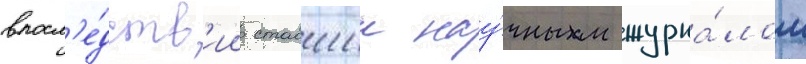
впосл'е́дств'ии ставшии нау́чным журна́лом